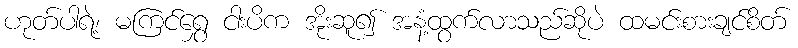
ဟုတ်ပါရဲ့၊ မကြင်ရွှေ ငါးပိက အိုးဆူ၍ အနံ့ထွက်လာသည်ဆိုပဲ ထမင်းစားချင်စိတ်